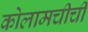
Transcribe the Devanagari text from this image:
कोलामचीची